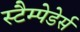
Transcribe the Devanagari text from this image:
स्टैम्पेडेर्स